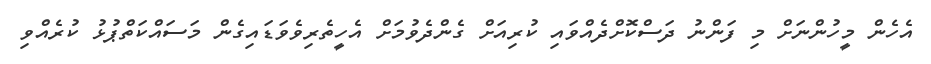
އެހެން މީހުންނަށް މި ފަންނު ދަސްކޮށްދެއްވައި ކުރިއަށް ގެންދެވުމަށް އެހީތެރިވެވަޑައިގެން މަސައްކަތްޕުޅު ކުރެއްވި